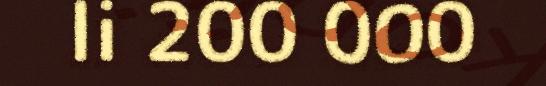
li 200 000